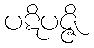
ပဋိပဇ္ဇိ